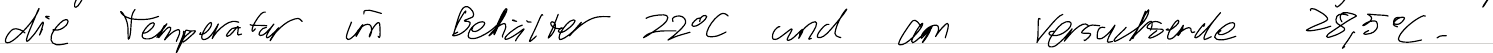
die Temperatur im Behälter 22°C und am Versuchsende 28,5°C.